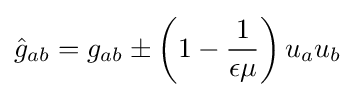
{\hat {g}}_{ab}=g_{ab}\pm \left(1-{\frac {1}{\epsilon \mu }}\right)u_{a}u_{b}